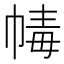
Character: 𢃶